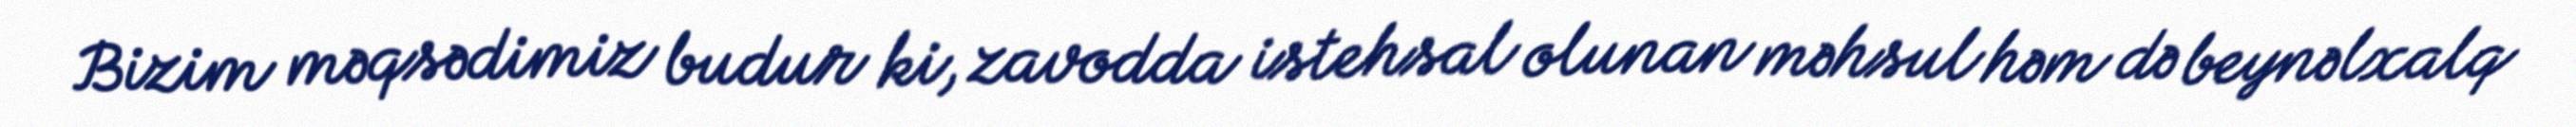
Bizim məqsədimiz budur ki, zavodda istehsal olunan məhsul həm də beynəlxalq